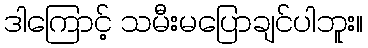
ဒါကြောင့် သမီးမပြောချင်ပါဘူး။